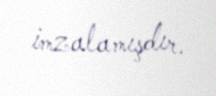
imzalamışdır.